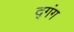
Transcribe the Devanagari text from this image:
द्गंग